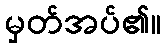
မှတ်အပ်၏။